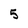
Character: 5